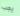
يجب